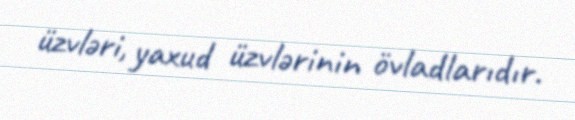
üzvləri, yaxud üzvlərinin övladlarıdır.